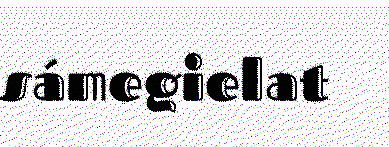
sámegielat